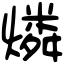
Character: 燐